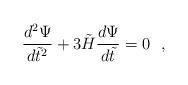
LaTeX: \begin{align*}{d^2\Psi \over d\tilde t^2}+3\tilde H{d\Psi \over d\tilde t}=0 \ \ ,\end{align*}